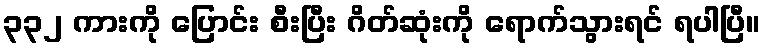
၃၃၂ ကားကို ပြောင်း စီးပြီး ဂိတ်ဆုံးကို ရောက်သွားရင် ရပါပြီ။